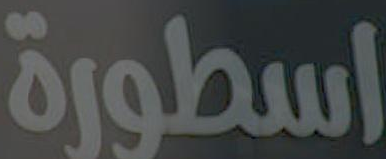
اسطورة